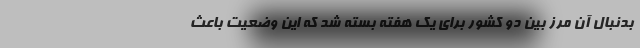
بدنبال آن مرز بین دو کشور برای یک هفته بسته شد که این وضعیت باعث